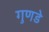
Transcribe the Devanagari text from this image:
गुणडे